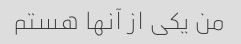
من یکی از آنها هستم